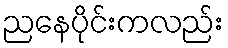
ညနေပိုင်းကလည်း